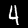
Label: 4